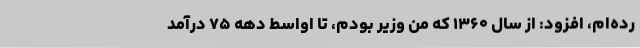
رده‌ام، افزود: از سال ۱۳۶۰ که من وزیر بودم، تا اواسط دهه ۷۵ در‌آمد